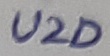
Text: U2D